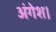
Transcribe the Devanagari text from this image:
अंगेश।